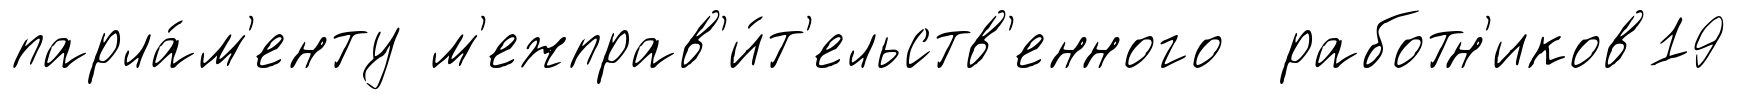
парла́м'енту м'ежправ'и́т'ельств'енного работн'иков19